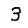
Digit: 3